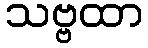
သဗ္ဗထာ